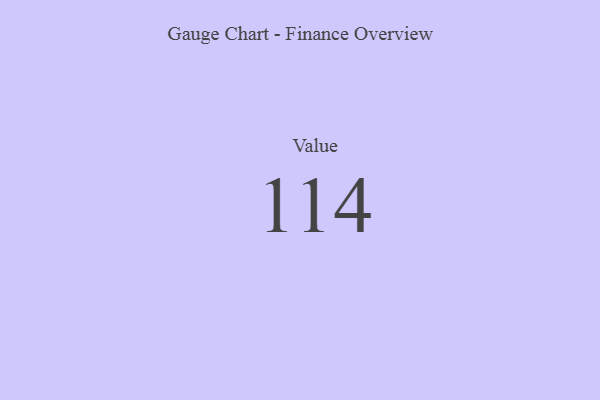
{"axis": {"x": "Metric", "y": "Value"}, "legend": [""], "data": [{"x": "Value", "y": 114, "type": ""}]}